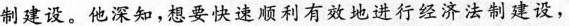
制建设。他深知，想要快速顺利有效地进行经济法制建设，